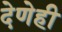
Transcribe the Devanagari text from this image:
देणेही